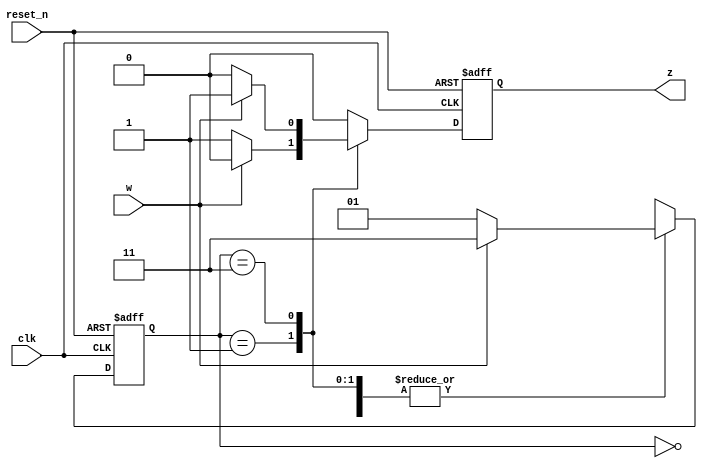
module Q1(w, clk, reset_n, z);

input w, clk, reset_n;
output reg z;

reg [2:1] y;
parameter [2:1] A = 2'b00, B = 2'b01, C = 2'b11;

always @ (posedge clk, negedge reset_n) begin
	if(reset_n == 0) begin y <= A; z = 0; end
	else
		case(y)
			A: if(w) begin y = C; z = 0; end
				else  begin y = B; z = 0; end
			B: if(w) begin y = C; z = 0; end
				else  begin y = B; z = 1; end
			C: if(w) begin y = C; z = 1; end
				else  begin y = B; z = 0; end
			default: begin y = 2'bxx; z = 0; end
		endcase
end
endmodule